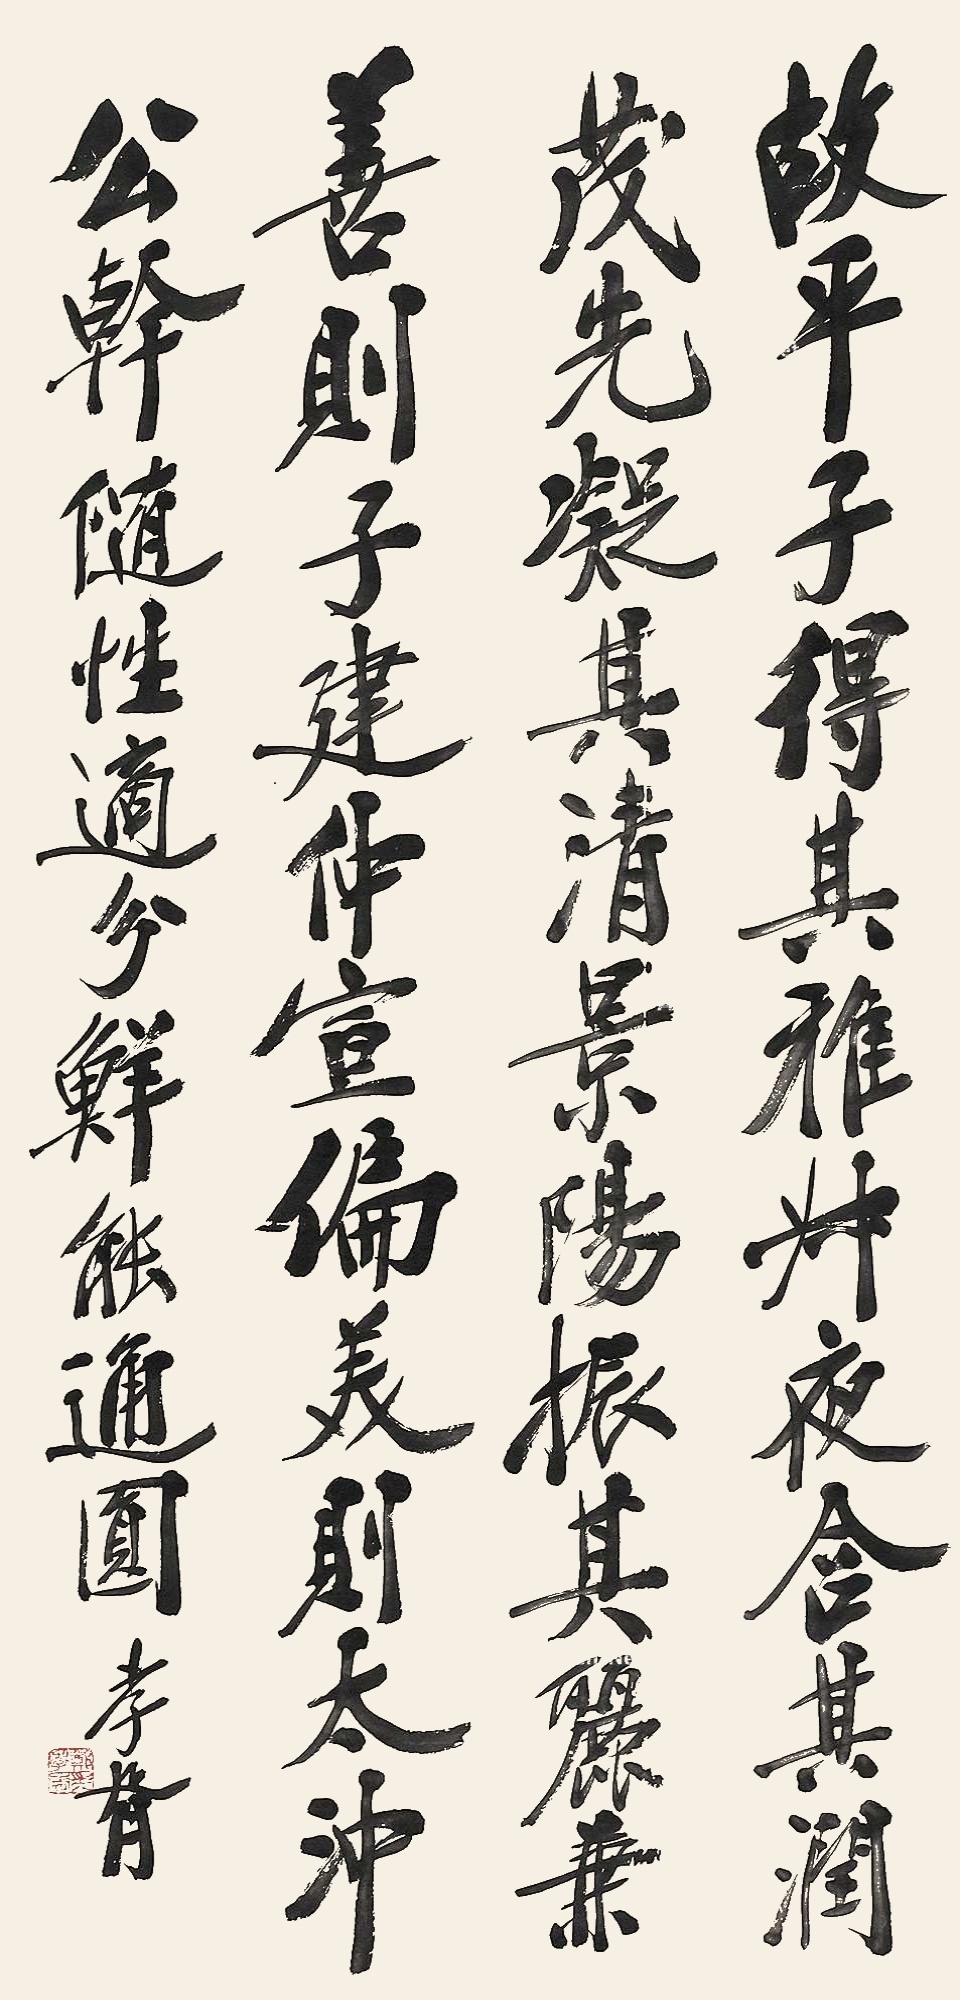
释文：故平子得其雅，叔夜含其润，茂先凝其清，景阳振其丽，兼善则子建仲宣，偏美则太冲公干。随性适分，鲜能通圆。孝胥。